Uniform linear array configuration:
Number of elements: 48
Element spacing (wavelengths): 0.25
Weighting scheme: kaiser
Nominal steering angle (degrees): -15
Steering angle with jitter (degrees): -14.419
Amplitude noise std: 0.05
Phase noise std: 0.05

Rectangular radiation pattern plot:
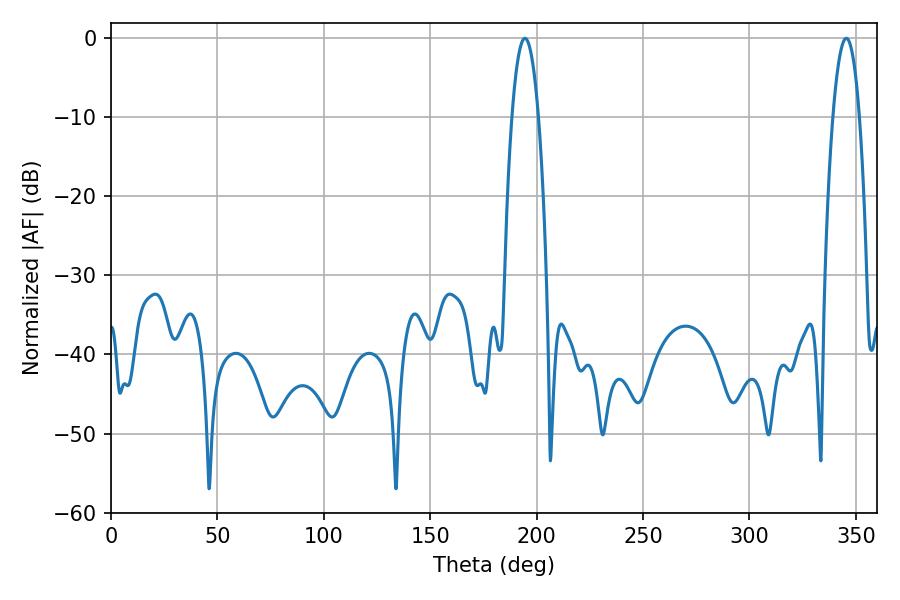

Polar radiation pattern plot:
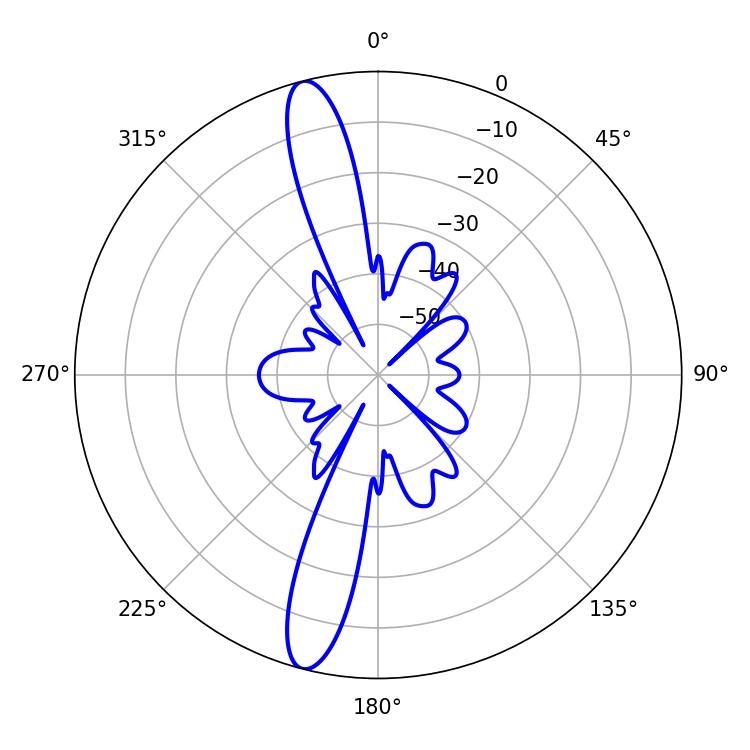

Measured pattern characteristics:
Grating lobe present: FALSE
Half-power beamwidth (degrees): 6.84
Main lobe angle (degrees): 194.58